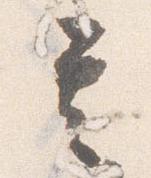
其